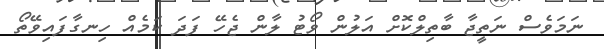
ނަމަވެސް ނަތީޖާ ބާތިލްކޮށް އަލުން ވޯޓު ލާން ޖެހޭ ފަދަ ކަމެއް ހިނގާފައިވޭތޯ